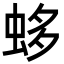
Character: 蛥